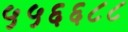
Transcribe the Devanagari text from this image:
५५६६८८